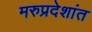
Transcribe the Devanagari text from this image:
मरुप्रदेशांत